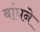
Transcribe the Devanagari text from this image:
बांघने